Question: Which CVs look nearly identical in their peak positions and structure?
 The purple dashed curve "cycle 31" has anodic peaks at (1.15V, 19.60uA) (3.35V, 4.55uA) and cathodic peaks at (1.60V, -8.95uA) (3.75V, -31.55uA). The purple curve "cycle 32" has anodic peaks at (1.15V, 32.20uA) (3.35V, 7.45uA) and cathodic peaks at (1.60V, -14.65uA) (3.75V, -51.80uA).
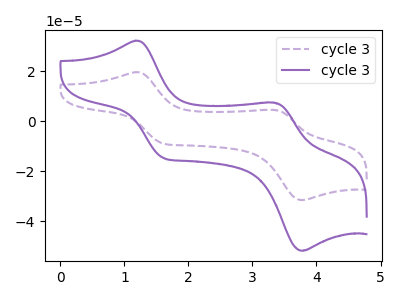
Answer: <think>All the peaks in "cycle 31" have a peak in "cycle 32" at the same potential. Every peak in "cycle 31" is lower than every peak in "cycle 32".
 </think>
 <answer>"cycle 32" and "cycle 31" have the same shape and are likely CV's of the same chemical.</answer>
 <eval>"cycle 32" "cycle 31"</eval>